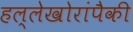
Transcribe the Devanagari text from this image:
हल्लेखोरांपैकी